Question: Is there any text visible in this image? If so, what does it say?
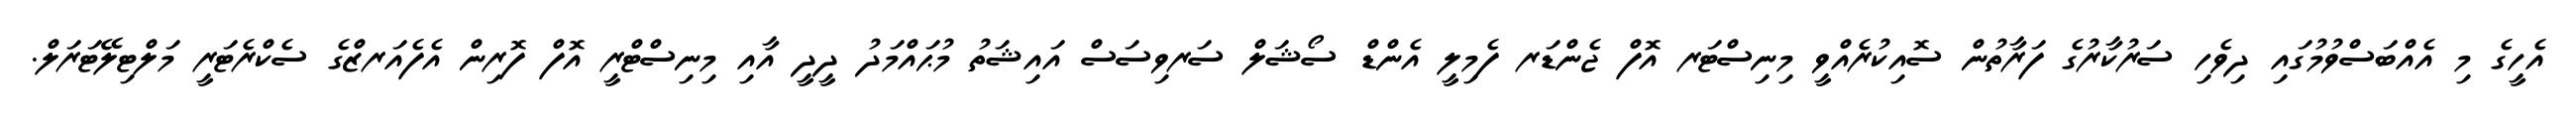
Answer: އެހީގެ މި އެއްބަސްވުމުގައި ދިވެހި ސަރުކާރުގެ ފަރާތުން ސޮއިކުރެއްވީ މިނިސްޓަރ އޮފް ޖެންޑަރ ފެމިލީ އެންޑް ސޯޝަލް ސަރވިސަސް އައިޝަތު މުޙައްމަދު ދީދީ އާއި މިނިސްޓްރީ އޮފް ފޮރިން އެފެއަރޒްގެ ސެކްރެޓަރީ މަލްޓިލޭޓަރަލް.